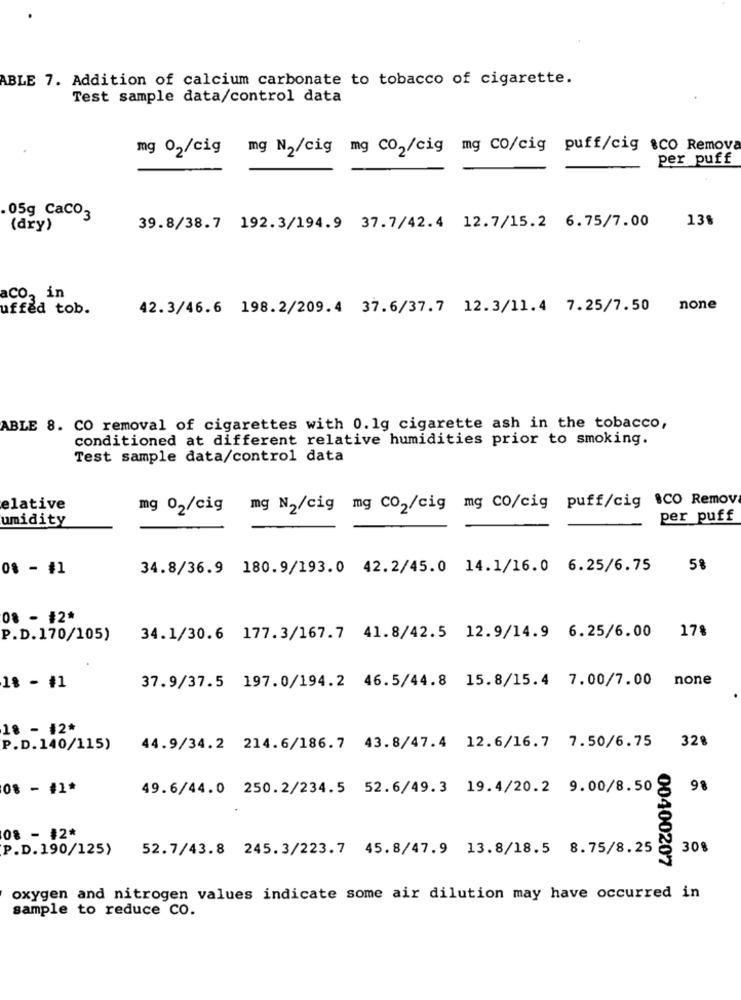
ABLE 7. Addition of calcium carbonate to tobacco of cigarette.
Test sample data/control data
mg 02/cig mg N2/cig mg CO2/cig mg CO/cig puff/cig sco Remova
per puff
05g CaCO3
13%
(dry)
39.8/38.7 192.3/194.9 37.7/42.4 12.7/15.2 6.75/7.00
aco, in
uffed tob.
42.3/46.6 198.2/209.4 37.6/37.7 12.3/11.4 7.25/7.50
none
ABLE 8. CO removal of cigarettes with 0.1g cigarette ash in the tobacco,
conditioned at different relative humidities prior to smoking.
Test sample data/control data
elative
mg 02/cig mg N2/cig mg CO2/cig mg co/cig puff/cig $CO Remov
umidity
per puff
0% - #1
34.8/36.9 180.9/193.0 42.2/45.0 14.1/16.0 6.25/6.75
5%
08 - #2*
P.D.170/105)
34.1/30.6 177.3/167.7 41.8/42.5 12.9/14.9 6.25/6.00 17%
37.9/37.5 197.0/194.2 46.5/44.8 15.8/15.4 7.00/7.00 none
1% - #1
18 - #2*
P.D.140/115)
44.9/34.2 214.6/186.7 43.8/47.4 12.6/16.7 7.50/6.75 328
08 - #1*
49.6/44.0 250.2/234.5 52.6/49.3 19.4/20.2 9.00/8.50
98
08 - #2*
P.D. 190/125)
52.7/43.8 245.3/223.7 45.8/47.9 13.8/18.5 8.75/8.25
30%
00400207
oxygen and nitrogen values indicate some air dilution may have occurred in
sample to reduce co.